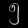
Digit: ၅